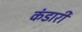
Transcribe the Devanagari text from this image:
कंडारी